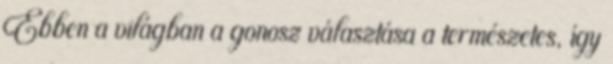
Ebben a világban a gonosz választása a természetes, így